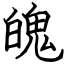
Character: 魄